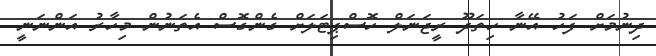
ދިނުމަށް ފަހު އޭނާ ހިތަދޫ ރީޖަނަލް ހޮސްޕިޓަލަށް ގެންގޮސް އެތަނުން މިހާރު އަންނަނީ